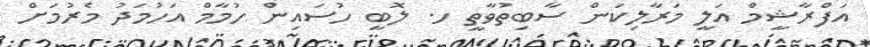
އަފްރާޝީމް އަލީ މަރާލިކަން ސާބިތުވާތީ ހ. ލޮބީ ހުސައިން ހުމާމް އަހުމަދު މެރުމަށް